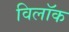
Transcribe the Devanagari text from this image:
विलॉक